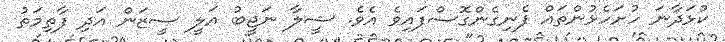
ކުޅަދާނަ ހުށަހެޅުންތައް ފެނިގެންގޮސްފައިވެ އެވެ. ޝީލާ ނަޖީބު އަލީ ސީޒަން އަދި ފާތިމަތު